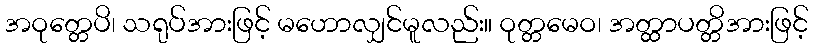
အဝုတ္တေပိ၊ သရုပ်အားဖြင့် မဟောလျှင်မူလည်း။ ဝုတ္တမေဝ၊ အတ္ထာပတ္တိအားဖြင့်